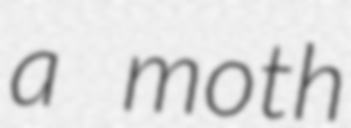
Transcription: a moth